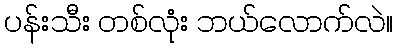
ပန်းသီး တစ်လုံး ဘယ်လောက်လဲ။